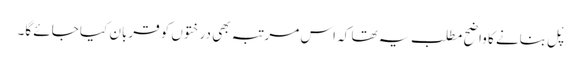
پْل بنانے کا واضح مطلب یہ تھا کہ اس مرتبہ بھی درختوں کو قربان کیا جائے گا۔